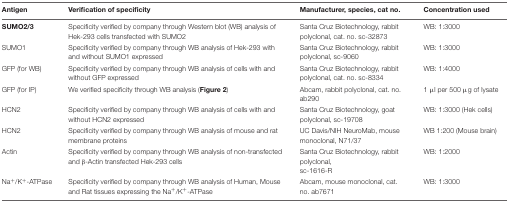
| Antigen | Verification of specificity | Manufacturer, species, cat no. | Concentration used |
 | --- | --- | --- | --- |
 | SUMO2/3 | Specificity verified by company through Western blot (WB) analysis of Hek-293 cells transfected with SUMO2 | Santa Cruz Biotechnology, rabbit polyclonal, cat. no. sc-32873 | WB: 1:3000 |
 | SUMO1 | Specificity verified by company through WB analysis of Hek-293 with and without SUMO1 expressed | Santa Cruz Biotechnology, rabbit polyclonal, sc-9060 | WB: 1:3000 |
 | GFP (for WB) | Specificity verified by company through WB analysis of cells with and without GFP expressed | Santa Cruz Biotechnology, rabbit polyclonal, cat. no. sc-8334 | WB: 1:4000 |
 | GFP (for IP) | We verified specificity through WB analysis (Figure 2) | Abcam, rabbit polyclonal, cat. no. ab290 | 1 μl per 500 μg of lysate |
 | HCN2 | Specificity verified by company through WB analysis of cells with and without HCN2 expressed | Santa Cruz Biotechnology, goat polyclonal, sc-19708 | WB: 1:3000 (Hek cells) |
 | HCN2 | Specificity verified by company through WB analysis of mouse and rat membrane proteins | UC Davis/NIH NeuroMab, mouse monoclonal, N71/37 | WB 1:200 (Mouse brain) |
 | Actin | Specificity verified by company through WB analysis of non-transfected and β-Actin transfected Hek-293 cells | Santa Cruz Biotechnology, rabbit polyclonal, sc-1616-R | WB: 1:2000 |
 | Na+/K+-ATPase | Specificity verified by company through WB analysis of Human, Mouse and Rat tissues expressing the Na+/K+-ATPase | Abcam, mouse monoclonal, cat. no. ab7671 | WB: 1:3000 |